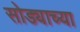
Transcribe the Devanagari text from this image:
सोड्याच्या